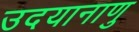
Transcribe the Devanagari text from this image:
उदयानाणु